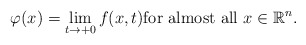
\begin{align*}\varphi(x)=\lim\limits_{t \to +0}f(x,t) \hbox{for almost all } x \in \mathbb{R}^{n}.\end{align*}